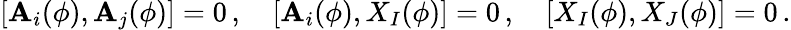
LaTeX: [\mathbf{A}_{i}(\phi),\mathbf{A}_{j}(\phi)]=0\, ,\quad[\mathbf{A}_{i}(\phi),X_{I}(\phi)]=0\, ,\quad[X_{I}(\phi),X_{J}(\phi)]=0\, .